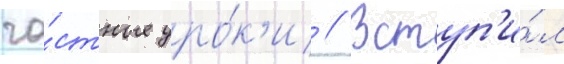
ча́стные уро́к'и // Вступ'и́л